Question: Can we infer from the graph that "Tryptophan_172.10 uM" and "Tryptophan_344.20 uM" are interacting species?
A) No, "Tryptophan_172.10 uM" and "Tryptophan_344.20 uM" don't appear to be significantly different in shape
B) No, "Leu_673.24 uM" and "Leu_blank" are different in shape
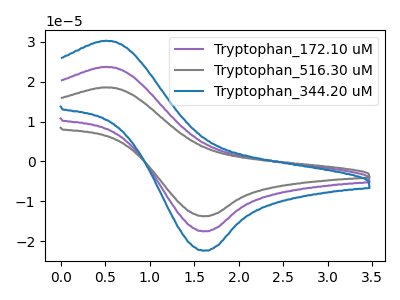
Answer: <think>The purple curve "Tryptophan_172.10 uM" has an anodic peak at (0.50V, 23.75uA) and a cathodic peak at (1.60V, -17.55uA). The gray curve "Tryptophan_516.30 uM" has an anodic peak at (0.50V, 47.45uA) and a cathodic peak at (1.60V, -35.10uA). The blue curve "Tryptophan_344.20 uM" has an anodic peak at (0.50V, 30.30uA) and a cathodic peak at (1.60V, -22.40uA).
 All the peaks in "Tryptophan_172.10 uM" have a peak in "Tryptophan_344.20 uM" at the same potential. Every peak in "Tryptophan_172.10 uM" is lower than every peak in "Tryptophan_344.20 uM".</think>
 <answer>A) No, "Tryptophan_172.10 uM" and "Tryptophan_344.20 uM" don't appear to be significantly different in shape</answer>
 <eval>A</eval>